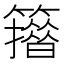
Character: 𥶪